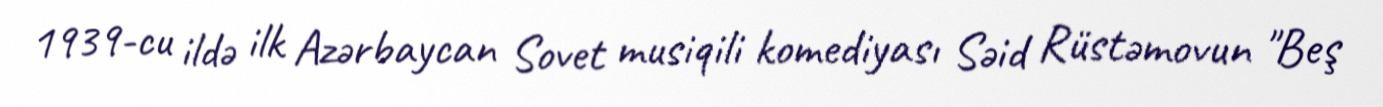
1939-cu ildə ilk Azərbaycan Sovet musiqili komediyası Səid Rüstəmovun "Beş